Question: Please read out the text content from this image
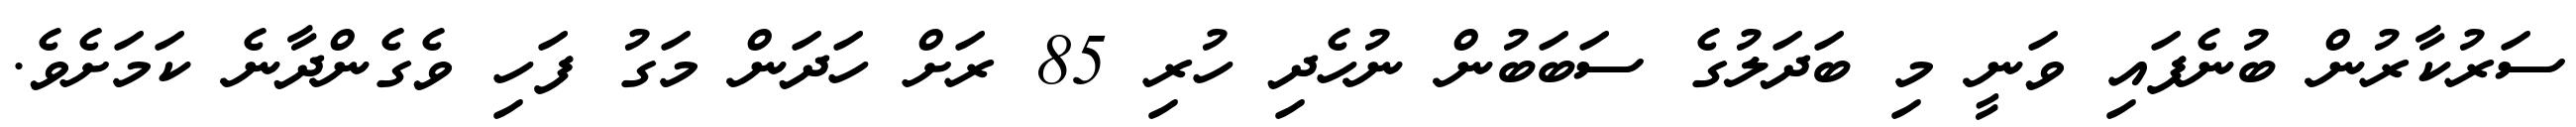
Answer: ސަރުކާރުން ބުނެފައި ވަނީ މި ބަދަލުގެ ސަބަބުން ނުހެދި ހުރި 85 ރަށް ހަދަން މަގު ފަހި ވެގެންދާނެ ކަމަށެވެ.